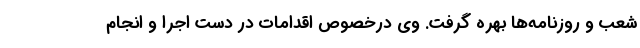
شعب و روزنامه‌ها بهره گرفت. وی درخصوص اقدامات در دست اجرا و انجام